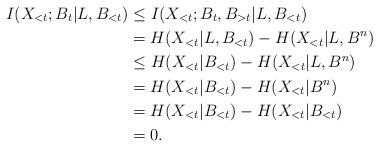
LaTeX: \begin{align*}I(X_{<t} ; B_t|L,B_{<t}) &\le I(X_{<t}; B_t,B_{>t}|L,B_{<t}) \\&= H(X_{<t}|L,B_{<t}) - H(X_{<t}|L,B^n) \\&\le H(X_{<t}|B_{<t}) - H(X_{<t}|L,B^n)\\&= H(X_{<t}|B_{<t}) - H(X_{<t}|B^n) \\&= H(X_{<t}|B_{<t}) - H(X_{<t}|B_{<t}) \\&= 0.\end{align*}